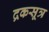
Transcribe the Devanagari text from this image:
द्रकसूत्र